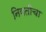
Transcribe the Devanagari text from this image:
नियतीचा